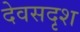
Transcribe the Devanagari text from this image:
देवसदृश